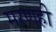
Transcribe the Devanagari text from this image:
मरणही